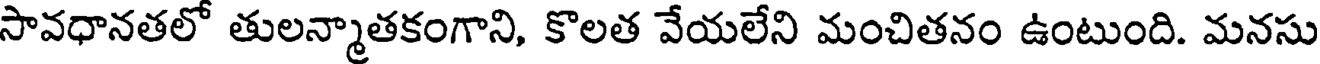
సావధానతలో తులన్మాతకంగాని, కొలత వేయలేని మంచితనం ఉంటుంది. మనసు